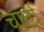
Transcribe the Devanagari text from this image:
चार्टा